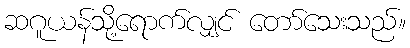
ဆဂူယန်သို့ရောက်လျှင် တော်သေးသည်။